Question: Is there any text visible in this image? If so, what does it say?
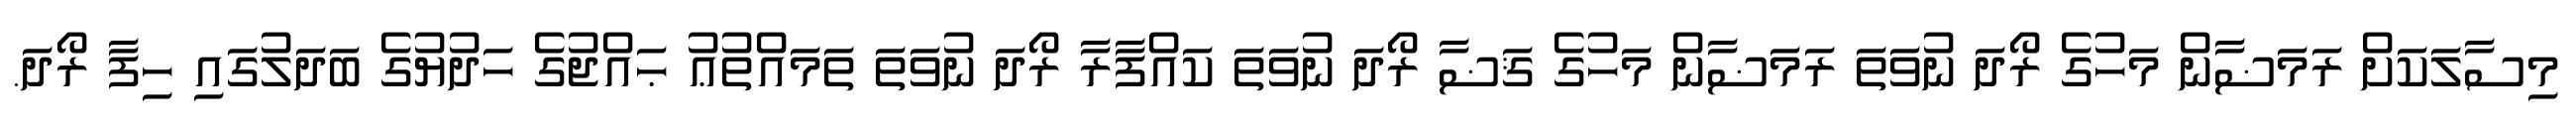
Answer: މިސާލަކަށް ރަމަޟާން މަހުގެ ރޯދަ ނުވަތަ ރަމަޟާން މަހުގެ ޤަޟާ ރޯދަ ނުވަތަ ކައްފާރާ ރޯދަ ނުވަތަ ތަމައްތުޢު ޙައްޖުގެ ހަދުޔުގެ ބަދަލުގައި ހިފާ ރޯދަ.